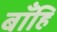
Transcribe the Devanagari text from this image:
बाँहि